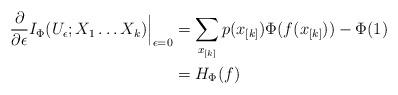
LaTeX: \begin{align*}\frac{\partial}{\partial \epsilon}I_\Phi(U_\epsilon; X_1\dots X_k)\Big|_{\epsilon=0} &=\sum_{x_{[k]}}p(x_{[k]})\Phi(f(x_{[k]}))-\Phi(1)\\&=H_{\Phi}(f)\end{align*}